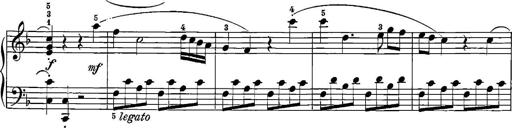
Title: 12 Sonatinas
Composer: Ignaz Pleyel